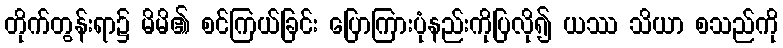
တိုက်တွန်းရာ၌ မိမိ၏ စင်ကြယ်ခြင်း ပြောကြားပုံနည်းကိုပြလို၍ ယဿ သိယာ စသည်ကို